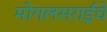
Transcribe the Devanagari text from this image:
मोगलसराईचे